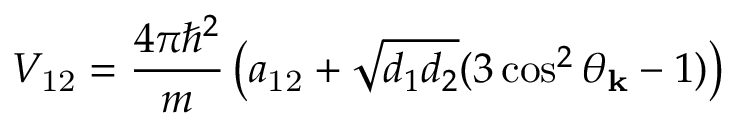
V _ { \mathrm { 1 2 } } = \frac { 4 \pi \hbar ^ { 2 } } { m } \left( a _ { \mathrm { 1 2 } } + \sqrt { d _ { 1 } d _ { 2 } } ( 3 \cos ^ { 2 } \theta _ { \mathbf { k } } - 1 ) \right)